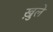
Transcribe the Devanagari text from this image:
ख़ुले